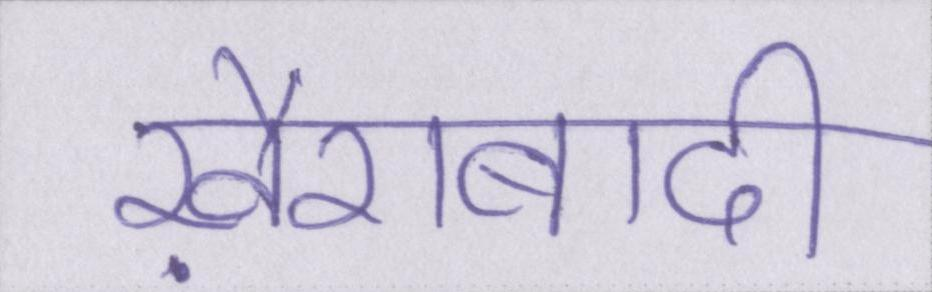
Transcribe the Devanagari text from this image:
ख़ैराबादी